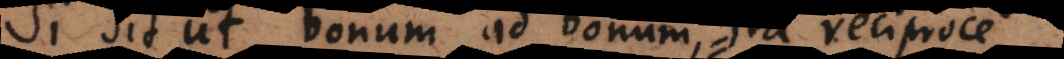
Si sit ut bonum ad bonum ita reciproce